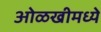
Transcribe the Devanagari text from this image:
ओळखीमध्ये